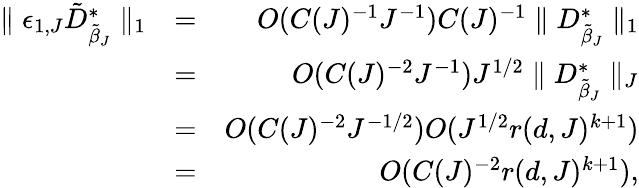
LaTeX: \begin{array}{rlr}{\parallel\epsilon_{1,J}\tilde{D}_{\tilde{\beta}_{J}}^{*}\parallel_{1}}&{=}&{O(C(J)^{-1}J^{-1})C(J)^{-1}\parallel D_{\tilde{\beta}_{J}}^{*}\parallel_{1}}\\ &{=}&{O(C(J)^{-2}J^{-1})J^{1/2}\parallel D_{\tilde{\beta}_{J}}^{*}\parallel_{J}}\\ &{=}&{O(C(J)^{-2}J^{-1/2})O(J^{1/2}r(d,J)^{k+1})}\\ &{=}&{O(C(J)^{-2}r(d,J)^{k+1}),}\end{array}